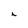
Character: i